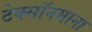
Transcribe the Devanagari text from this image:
टेक्सॉनमाना